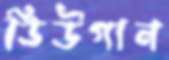
ডিউগান